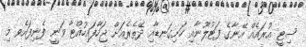
ސިޓީ އުރައެއް އޭނާގެ ފަޓުލޫނާއި ހަށިގަނޑާއި ދޭތެރެއަށް ޖަހާފައިހުއްޓާ ވަނީ ފެނިފައެވ މި